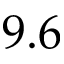
9 . 6